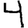
Digit: 4